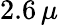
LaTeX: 2.6\, \mu